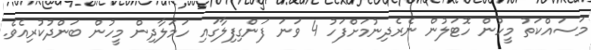
މަސައްކަތު މީހުން ހޮޓަލުން ނެރެދިނުމަށްފަހު 4 ވަނަ ފަންގިފިލާގައި ހަމަލާދިން މީހުން ބަންދުކުރިއެވެ.